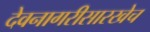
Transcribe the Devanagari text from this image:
देवनागरीसारखेच